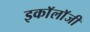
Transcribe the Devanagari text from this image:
इकाॅलाॅजी